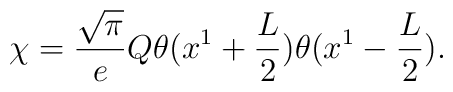
\chi={\sqrt\pi\over e}Q\theta(x^1 +{L\over  2})\theta(x^1-{L\over  2}).